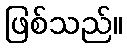
ဖြစ်သည်။